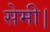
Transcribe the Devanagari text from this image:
सेमी।